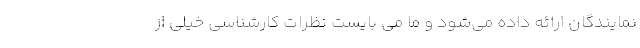
نمایندگان ارائه داده می‌شود و ما می بایست نظرات کارشناسی خیلی از